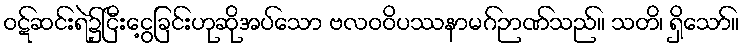
ဝဋ်ဆင်းရဲ၌ငြီးငွေ့ခြင်းဟုဆိုအပ်သော ဗလဝဝိပဿနာမဂ်ဉာဏ်သည်။ သတိ၊ ရှိသော်။